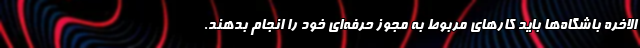
الاخره باشگاه‌ها باید کارهای مربوط به مجوز حرفه‌ای خود را انجام بدهند.